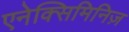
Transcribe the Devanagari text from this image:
एनेक्सिमिनिज़